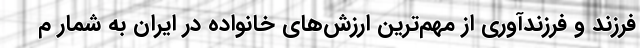
فرزند و فرزندآوری از مهم‌ترین ارزش‌های خانواده در ایران به شمار م